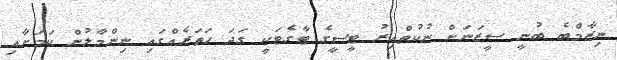
ނިޒާމްބެ ބުނީ ސީޒަނަށް ނުކުތްއިރު ޓީސީގެ ޓާގެޓަކީ ގަދަ ހަތަރެއްގައި ނިންމާލުން ކަމަށާއި